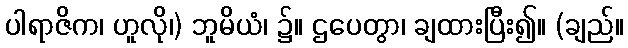
ပါရာဇိက၊ ဟူလို၊) ဘူမိယံ၊ ၌။ ဌပေတွာ၊ ချထားပြီး၍။ (ချည်။